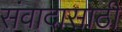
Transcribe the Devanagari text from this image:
संवादासाठी